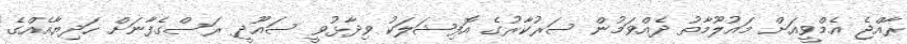
ރާއްޖެ އެމްވީއަށް މައުލޫމާތު ދެއްވަމުން ސަރުކާރުގެ އޮފިޝަލަކު ވިދާޅުވީ ސައޫދީ ރަސްގެފާނަށް ހަދިޔާއެއްގެ